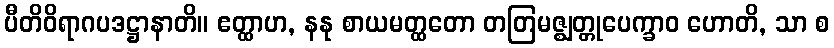
ပီတိဝိရာဂပဒဋ္ဌာနာတိ။ ဧတ္ထာဟ, နနု စာယမတ္ထတော တတြမဇ္ဈတ္တုပေက္ခာဝ ဟောတိ, သာ စ